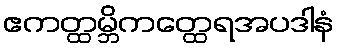
ဧကတ္ထမ္ဘိကတ္ထေရအပဒါနံ